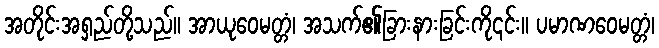
အတိုင်းအရှည်တို့သည်။ အာယုဝေမတ္တံ၊ အသက်၏ခြားနားခြင်းကို၎င်း။ ပမာဏဝေမတ္တံ၊